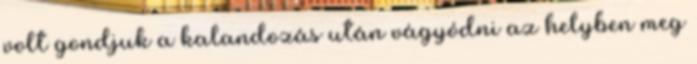
volt gondjuk a kalandozás után vágyódni az helyben meg